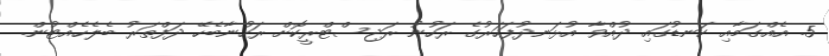
5. އެއްގަމާއި ކަނޑުގައި ދުއްވާ އުޅަނދުފަހަރުގެ ރަހުނު ރަޖިސްޓްރީކޮށް ރަހުނާބެހޭ ދަފްތަރު ބެލެހެއްޓުން.